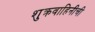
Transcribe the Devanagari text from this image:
शुक्रवाहिनीची